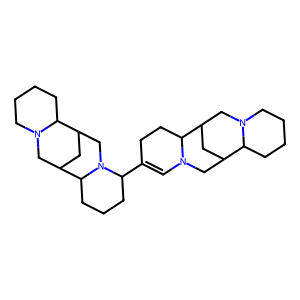
SMILES: C1=C(C2CCCC3C4CC(CN23)C2CCCCN2C4)CCC2C3CC(CN12)C1CCCCN1C3
Inhibits HIV replication: No